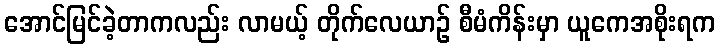
အောင်မြင်ခဲ့တာကလည်း လာမယ့် တိုက်လေယာဉ် စီမံကိန်းမှာ ယူကေအစိုးရက